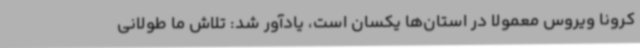
کرونا ویروس معمولا در استان‌ها یکسان است، یادآور شد: تلاش ما طولانی